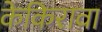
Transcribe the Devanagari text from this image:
केकिरावा